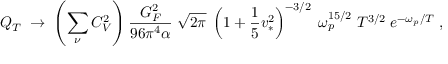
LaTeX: { Q _ { T } \; \rightarrow \; \left( \sum _ { \nu } C _ { V } ^ { 2 } \right) { \frac { G _ { F } ^ { 2 } } { 9 6 \pi ^ { 4 } \alpha } } \; \sqrt { 2 \pi } \; \left( 1 + { \frac { 1 } { 5 } } v _ { * } ^ { 2 } \right) ^ { - 3 / 2 } \; \omega _ { p } ^ { 1 5 / 2 } \; T ^ { 3 / 2 } \; e ^ { - \omega _ { p } / T } \; , }